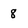
Character: 8